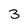
Character: 3